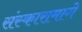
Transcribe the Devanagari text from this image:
संस्कारामागे